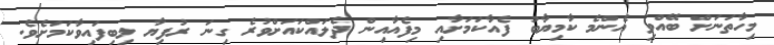
މިހާތަނަށް ބޭއްވި އެންމެ ކާމިޔާބު ފެއާކަމަށާއި މިފެއާއިން ދެލައްކައަށްވުރެ ގިނަ ރުފިޔާ ލިބިފައިވާކަމަށެވެ.